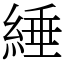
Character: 綞